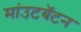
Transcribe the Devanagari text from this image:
मांउटबॅटन